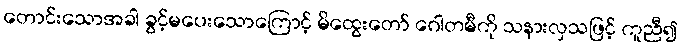
တောင်းသောအခါ ခွင့်မပေးသောကြောင့် မိထွေးတော် ဂေါတမီကို သနားလှသဖြင့် ကူညီ၍